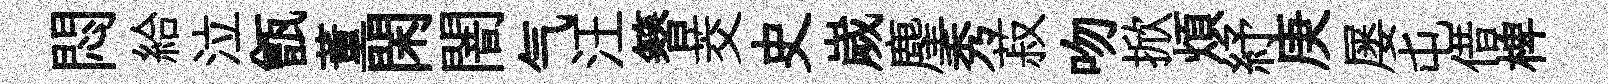
悶給泣甑董閑闇气汪簮茭史嵗麈秀菽吻掀煩紓庚屡屯借椑